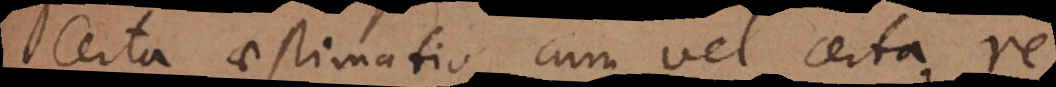
Certa aestimatio cum vel certa re,